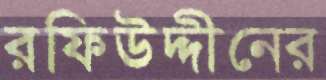
রফিউদ্দীনের